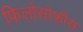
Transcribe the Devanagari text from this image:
फिलोसोफीस